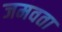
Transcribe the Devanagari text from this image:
जमवता